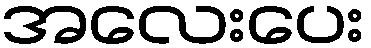
အလေးပေး